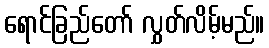
ရောင်ခြည်တော် လွှတ်လိမ့်မည်။